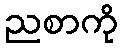
ညစာကို